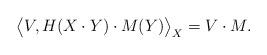
LaTeX: \begin{align*} \big\langle V, H(X\cdot Y)\cdot M(Y)\big\rangle_X = V\cdot M. \end{align*}